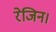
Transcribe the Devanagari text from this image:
रेजिन।